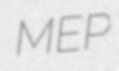
MEP